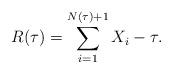
LaTeX: \begin{align*}R(\tau) = \sum_{i = 1}^{N(\tau)+1} X_i-\tau. \end{align*}